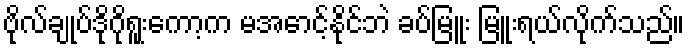
ဗိုလ်ချုပ်ဒိုဂိုရူးကော့က မအောင့်နိုင်ဘဲ ခပ်မြူး မြူးရယ်လိုက်သည်။